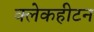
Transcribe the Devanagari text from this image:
क्लेकहीटन